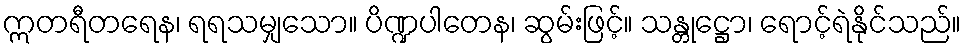
ဣတရီတရေန၊ ရရသမျှသော။ ပိဏ္ဍပါတေန၊ ဆွမ်းဖြင့်။ သန္တုဋ္ဌော၊ ရောင့်ရဲနိုင်သည်။